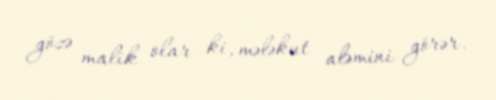
gözə malik olar ki, mələkut aləmini görər.